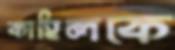
কাহিলকে